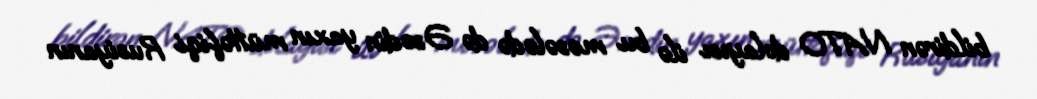
bildirən NATO dolayısı ilə bu məsələdə də Əsədin yaxın müttəfiqi Rusiyanın